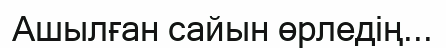
Ашылған сайын өрледің...